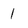
Character: l